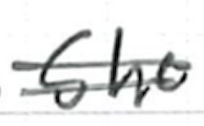
Text: she
Cross-out: double-line
Writing tool: ballpoint